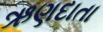
ઋણદાતા